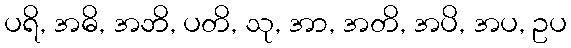
ပရိ, အဓိ, အဘိ, ပတိ, သု, အာ, အတိ, အပိ, အပ, ဥပ